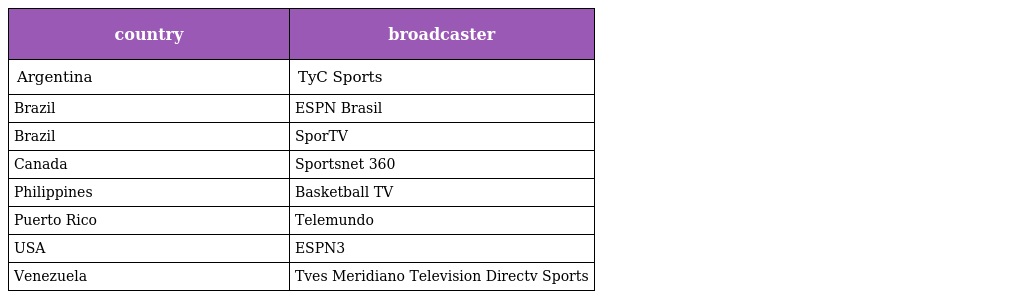
| country | broadcaster |
 | --- | --- |
 | Argentina | TyC Sports |
 | Brazil | ESPN Brasil |
 | Brazil | SporTV |
 | Canada | Sportsnet 360 |
 | Philippines | Basketball TV |
 | Puerto Rico | Telemundo |
 | USA | ESPN3 |
 | Venezuela | Tves Meridiano Television Directv Sports |